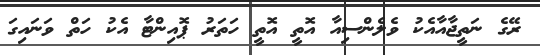
ރޭގެ ނަތީޖާއާއެކު ވެލެންސިއާ އޮތީ އޮތީ ހަތަރު ޕޮއިންޓާ އެކު ހަތް ވަނައިގަ